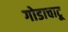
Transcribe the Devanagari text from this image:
गोडाचाटू